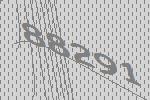
88291